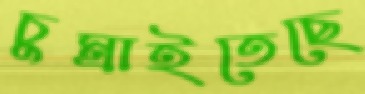
চুম্‌রাইতেছে